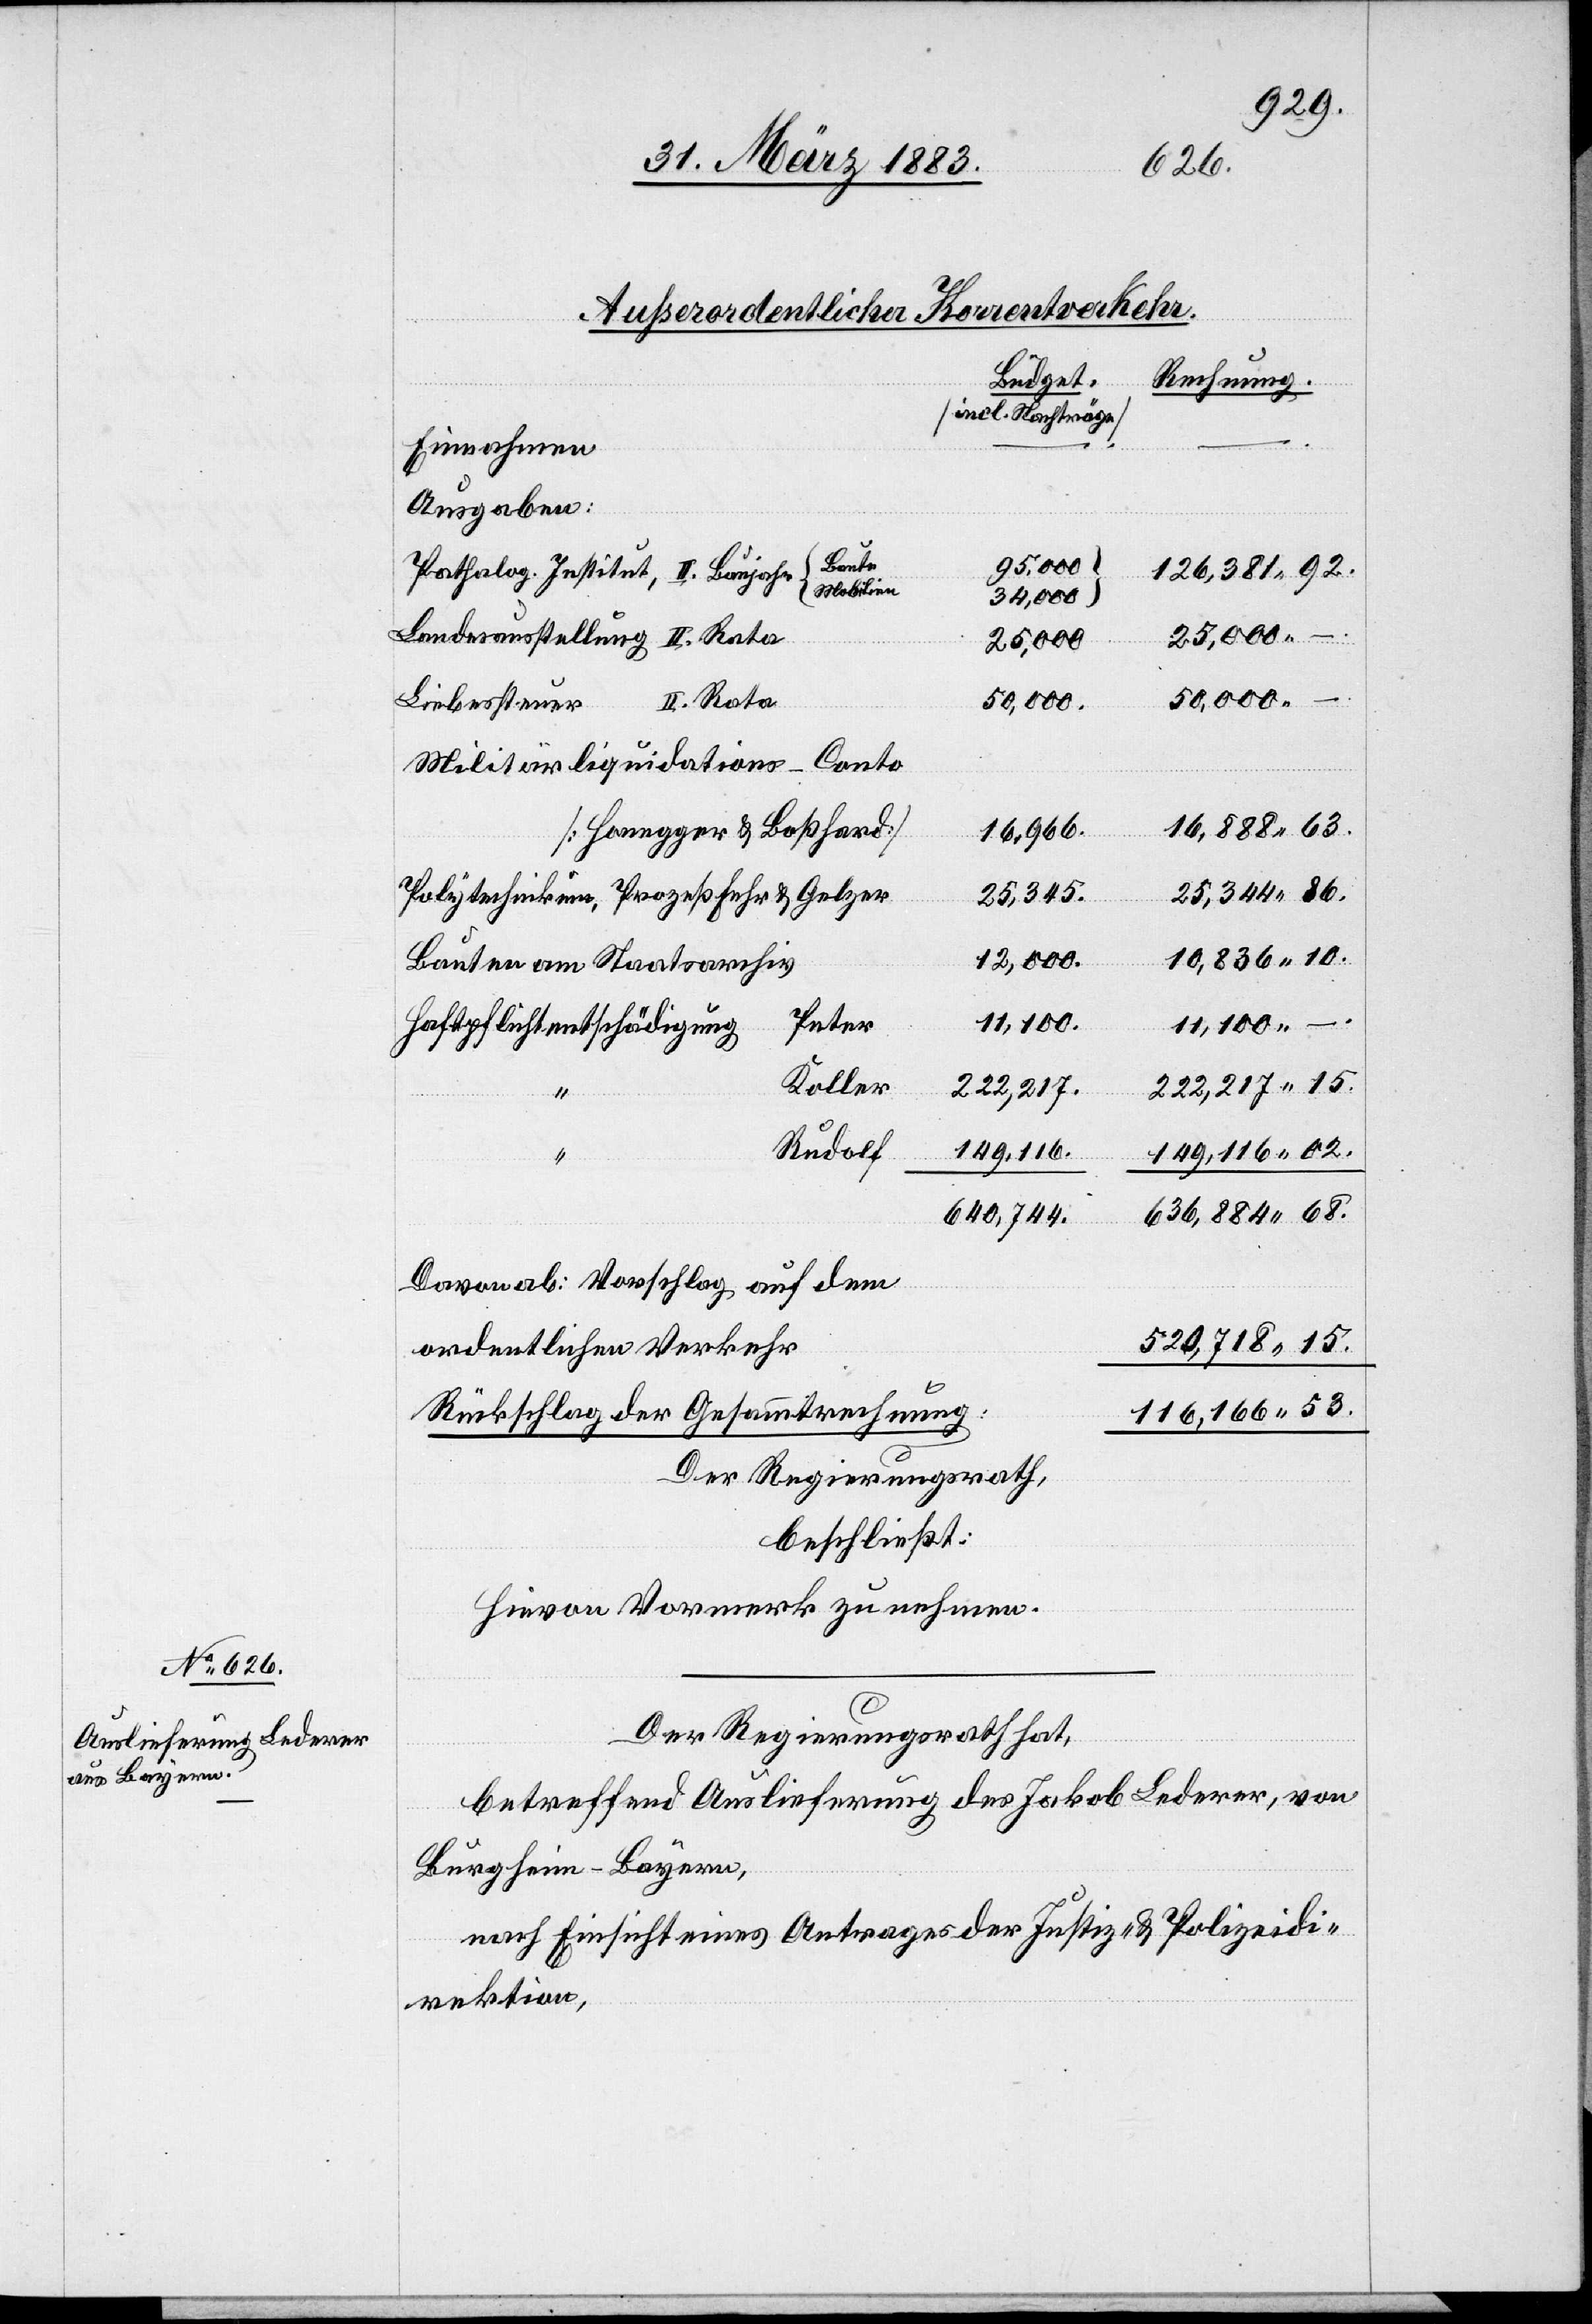
Außerordentlicher Korrentverkehr.
Büdget.
Rechnung.
[incl. Nachträge]
Einnahmen
Ausgaben:
25,000 –.
Patholog. Institut, II. Baujahr
126,381 92.
Mobilien
34,000
Landesausstellung II. Rate
25,000
Liebessteuer II. Rate
50,000.
50,000 –.
Militärliquidations-Conto
[Honegger & Boßhard]
16,888 63.
16,966.
–.
25,344 86.
Polytechnikum, Prozeß Fehr & Gelzer
25,345.
10,836 10.
12,000.
Bauten am Staatsarchiv
Peter
11,100.
11,100
Haftpflichtentschädigung
Koller
222,217 15.
222,217.
149,116.
Rudolf
149,116 02.
636,884 68.
640,744.
Davon ab: Vorschlag auf dem
520,718 15.
ordentlichen Verkehr
116,166. 53.
Rückschlag der Gesammtrechnung:
Der Regierungsrath,
beschließt:
Hievon Vormerk zu nehmen.
Der Regierungsrath hat,
betreffend Auslieferung des Jakob Lederer, von
Burgheim - Bayern,
nach Einsicht eines Antrages der Justiz- & Polizeidi¬
rektion,